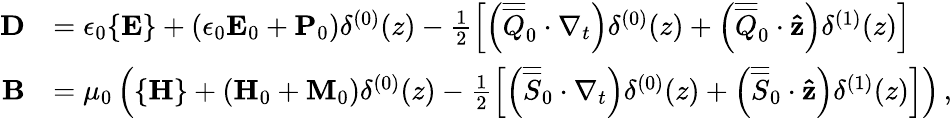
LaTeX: \begin{array}{rl}{\mathbf{D}}&{=\epsilon_{0}\{ \mathbf{E}\} +(\epsilon_{0}\mathbf{E}_{0}+\mathbf{P}_{0})\delta^{(0)}(z)-\frac{1}{2}\left[\left(\overline{{\overline{{Q}}}}_{0}\cdot\nabla_{t}\right)\delta^{(0)}(z)+\left(\overline{{\overline{{Q}}}}_{0}\cdot\mathbf{\hat{z}}\right)\delta^{(1)}(z)\right]}\\ {\mathbf{B}}&{=\mu_{0}\left(\{ \mathbf{H}\} +(\mathbf{H}_{0}+\mathbf{M}_{0})\delta^{(0)}(z)-\frac{1}{2}\left[\left(\overline{{\overline{{S}}}}_{0}\cdot\nabla_{t}\right)\delta^{(0)}(z)+\left(\overline{{\overline{{S}}}}_{0}\cdot\mathbf{\hat{z}}\right)\delta^{(1)}(z)\right]\right)\, ,}\end{array}